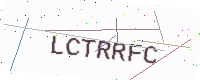
Text: LCTRRFC